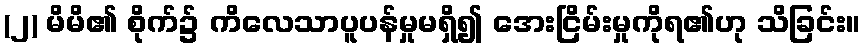
(၂) မိမိ၏ စိုက်၌ ကိလေသာပူပန်မှုမရှိ၍ အေးငြိမ်းမှုကိုရ၏ဟု သိခြင်း။